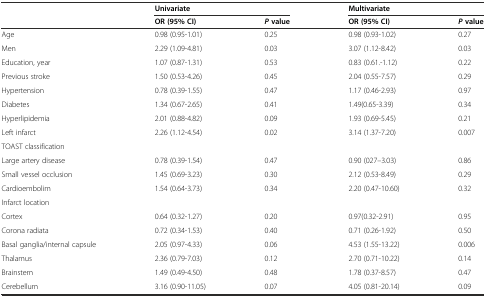
<table><thead><tr><td></td><td colspan="2"><b>Univariate</b></td><td colspan="2"><b>Multivariate</b></td></tr><tr><td></td><td><b>OR (95% CI)</b></td><td><b><i>P</i>value</b></td><td><b>OR (95% CI)</b></td><td><b><i>P</i>value</b></td></tr></thead><tbody><tr><td>Age</td><td>0.98 (0.95-1.01)</td><td>0.25</td><td>0.98 (0.93-1.02)</td><td>0.27</td></tr><tr><td>Men</td><td>2.29 (1.09-4.81)</td><td>0.03</td><td>3.07 (1.12-8.42)</td><td>0.03</td></tr><tr><td>Education, year</td><td>1.07 (0.87-1.31)</td><td>0.53</td><td>0.83 (0.61.-1.12)</td><td>0.22</td></tr><tr><td>Previous stroke</td><td>1.50 (0.53-4.26)</td><td>0.45</td><td>2.04 (0.55-7.57)</td><td>0.29</td></tr><tr><td>Hypertension</td><td>0.78 (0.39-1.55)</td><td>0.47</td><td>1.17 (0.46-2.93)</td><td>0.97</td></tr><tr><td>Diabetes</td><td>1.34 (0.67-2.65)</td><td>0.41</td><td>1.49(0.65-3.39)</td><td>0.34</td></tr><tr><td>Hyperlipidemia</td><td>2.01 (0.88-4.82)</td><td>0.09</td><td>1.93 (0.69-5.45)</td><td>0.21</td></tr><tr><td>Left infarct</td><td>2.26 (1.12-4.54)</td><td>0.02</td><td>3.14 (1.37-7.20)</td><td>0.007</td></tr><tr><td>TOAST classification</td><td></td><td></td><td></td><td></td></tr><tr><td>Large artery disease</td><td>0.78 (0.39-1.54)</td><td>0.47</td><td>0.90 (027–3.03)</td><td>0.86</td></tr><tr><td>Small vessel occlusion</td><td>1.45 (0.69-3.23)</td><td>0.30</td><td>2.12 (0.53-8.49)</td><td>0.29</td></tr><tr><td>Cardioembolim</td><td>1.54 (0.64-3.73)</td><td>0.34</td><td>2.20 (0.47-10.60)</td><td>0.32</td></tr><tr><td>Infarct location</td><td></td><td></td><td></td><td></td></tr><tr><td>Cortex</td><td>0.64 (0.32-1.27)</td><td>0.20</td><td>0.97(0.32-2.91)</td><td>0.95</td></tr><tr><td>Corona radiata</td><td>0.72 (0.34-1.53)</td><td>0.40</td><td>0.71 (0.26-1.92)</td><td>0.50</td></tr><tr><td>Basal ganglia/internal capsule</td><td>2.05 (0.97-4.33)</td><td>0.06</td><td>4.53 (1.55-13.22)</td><td>0.006</td></tr><tr><td>Thalamus</td><td>2.36 (0.79-7.03)</td><td>0.12</td><td>2.70 (0.71-10.22)</td><td>0.14</td></tr><tr><td>Brainstem</td><td>1.49 (0.49-4.50)</td><td>0.48</td><td>1.78 (0.37-8.57)</td><td>0.47</td></tr><tr><td>Cerebellum</td><td>3.16 (0.90-11.05)</td><td>0.07</td><td>4.05 (0.81-20.14)</td><td>0.09</td></tr></tbody></table>